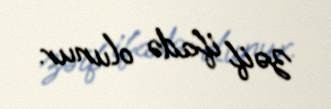
zəif ifadə olunur.